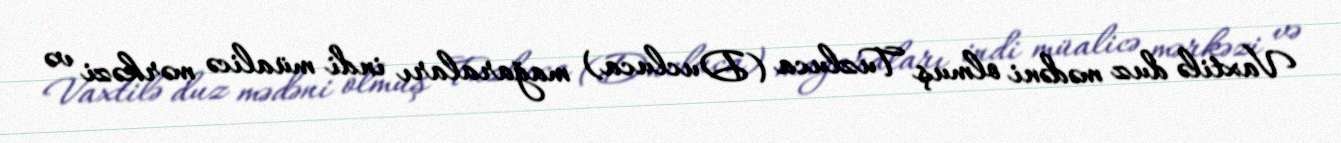
Vaxtilə duz mədəni olmuş Tuzluca (Ducluca) mağaraları indi müalicə mərkəzi və